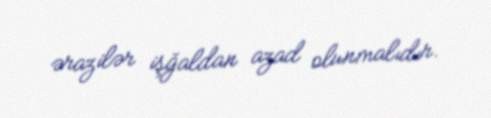
ərazilər işğaldan azad olunmalıdır.